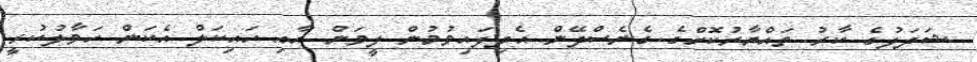
ޝަދަފުގެ ކާރު ތައްޔާރުކޮށްގެ ގެނެސްދޭން އެދިފައިވުމުން ލީވަން އާއި ހައިކަލް އެކަން ހަވާލުކުރީ